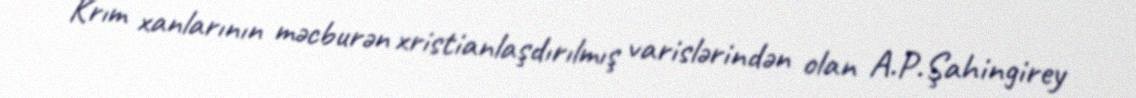
Krım xanlarının məcburən xristianlaşdırılmış varislərindən olan A.P.Şahingirey